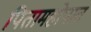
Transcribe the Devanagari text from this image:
पितामहोपात्त